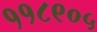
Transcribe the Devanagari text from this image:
११८९०५